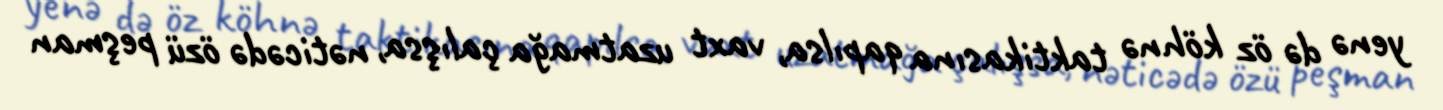
yenə də öz köhnə taktikasına qapılsa, vaxt uzatmağa çalışsa, nəticədə özü peşman